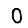
Digit: 0